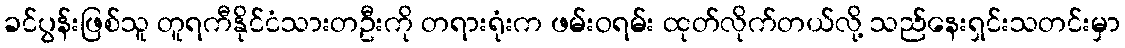
ခင်ပွန်းဖြစ်သူ တူရကီနိုင်ငံသားတဦးကို တရားရုံးက ဖမ်းဝရမ်း ထုတ်လိုက်တယ်လို့ သည်နေးရှင်းသတင်းမှာ